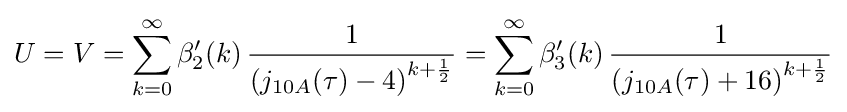
U=V=\sum _{k=0}^{\infty }\beta _{2}'(k)\,{\frac {1}{\left(j_{10A}(\tau )-4\right)^{k+{\frac {1}{2}}}}}=\sum _{k=0}^{\infty }\beta _{3}'(k)\,{\frac {1}{\left(j_{10A}(\tau )+16\right)^{k+{\frac {1}{2}}}}}